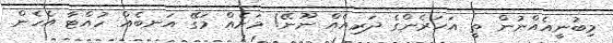
މިބުނީއެއްނުން ތީ އަހަރެންގެ ދަރިއެއް ނޫނޭ! މަށެއް މަގޭ އަނބެއް ހުއްޓާ އެހެން